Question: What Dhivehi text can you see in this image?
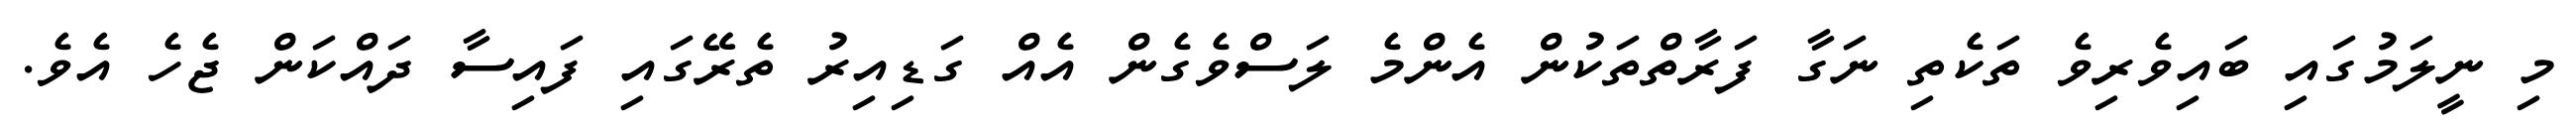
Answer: މި ނީލަމުގައި ބައިވެރިވެ ތަކެތި ނަގާ ފަރާތްތަކުން އެންމެ ލަސްވެގެން އެއް ގަޑިއިރު ތެރޭގައި ފައިސާ ދައްކަން ޖެހެ އެވެ.